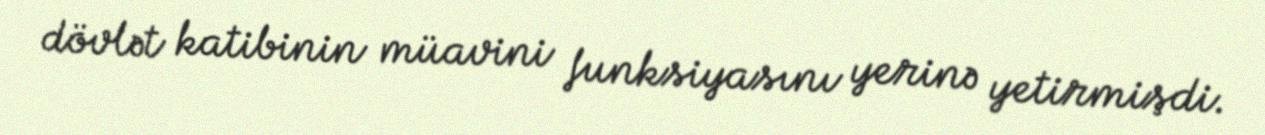
dövlət katibinin müavini funksiyasını yerinə yetirmişdi.